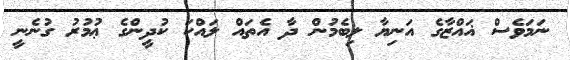
ނަމަވެސް ޣައްޒާގެ އަނިޔާ ލިބެމުން ދާ އެތައް ލައްކަ ކުދީންގެ ޢުމުރު ގުނެނީ